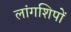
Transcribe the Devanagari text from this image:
लांगशिपों